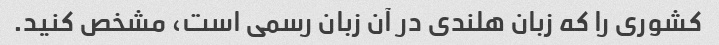
کشوری را که زبان هلندی در آن زبان رسمی است، مشخص کنید.